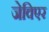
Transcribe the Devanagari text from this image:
जेविएर